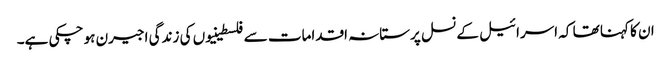
ان کا کہنا تھا کہ اسرائیل کے نسل پرستانہ اقدامات سے فلسطینیوں کی زندگی اجیرن ہو چکی ہے۔